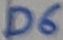
Text: D6